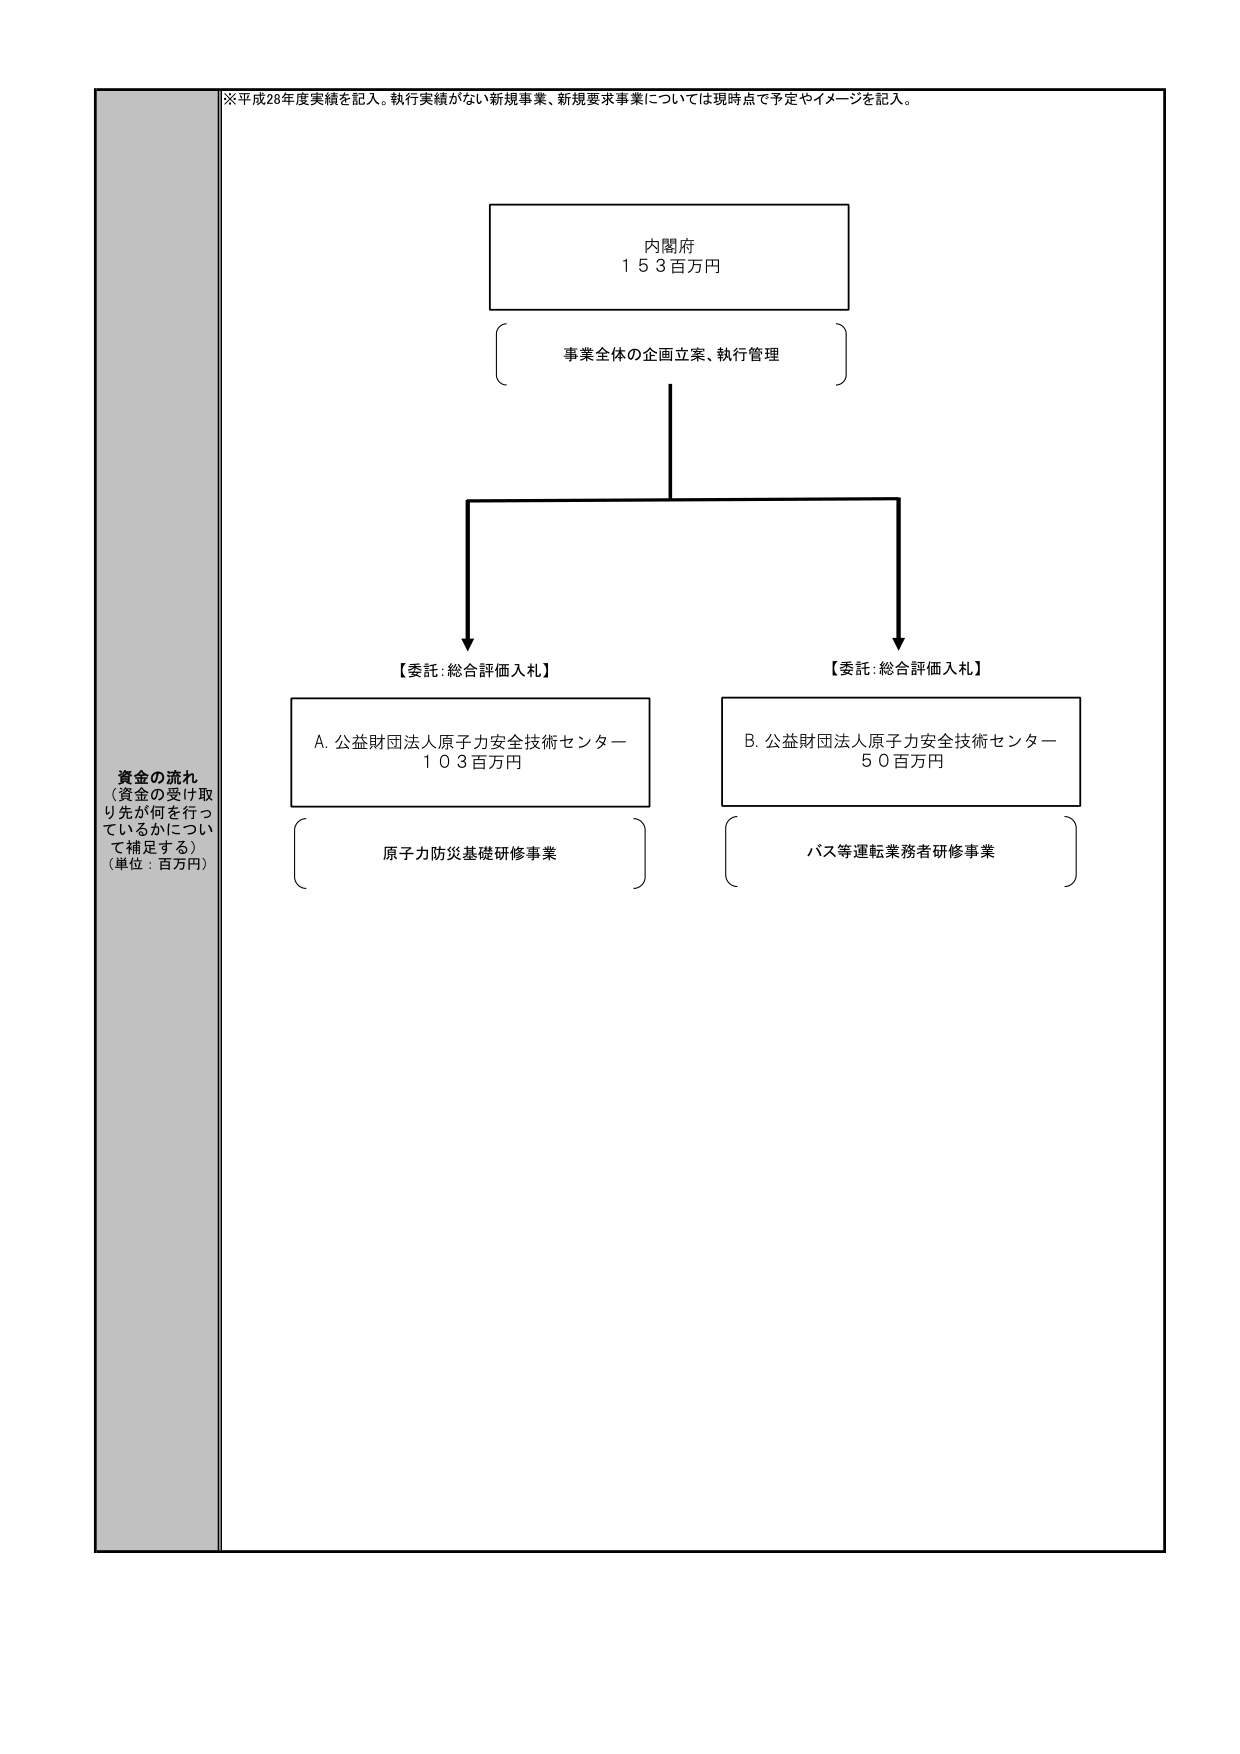
※平成28年度実績を記入。執行実績がない新規事業、新規要求事業については現時点で予定やイメージを記入。

内閣府
１５３百万円

事業全体の企画立案、執行管理

【委託：総合評価入札】
A. 公益財団法人原子力安全技術センター
１０３百万円
原子力防災基礎研修事業

【委託：総合評価入札】
B. 公益財団法人原子力安全技術センター
５０百万円
バス等運転業務者研修事業

資金の流れ
（資金の受け取り先が何を行っているかについて補足する）
（単位：百万円）